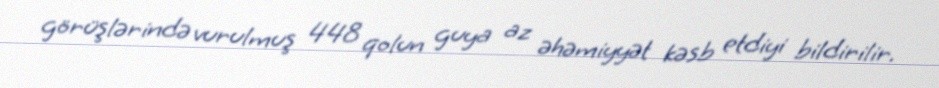
görüşlərində vurulmuş 448 qolun guya az əhəmiyyət kəsb etdiyi bildirilir.